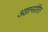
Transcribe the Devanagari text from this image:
अज्ञानप्रेरित